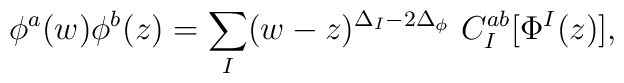
\phi^a(w)\phi^b(z)={\sum_I}(w-z)^{\Delta_I-2\Delta_\phi}~C^{ab}_I[\Phi^I(z)],